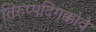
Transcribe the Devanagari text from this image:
तिरुप्पदिगक्कोवै